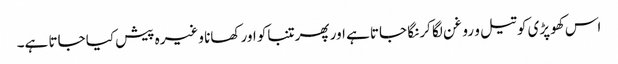
اس کھوپڑی کو تیل و روغن لگا کر نگا جاتا ہے اور پھر تنباکو اور کھانا وغیرہ پیش کیا جاتا ہے۔